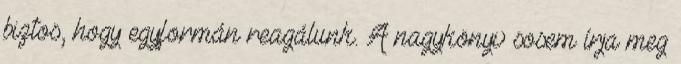
biztos, hogy egyformán reagálunk. A nagykönyv sosem írja meg